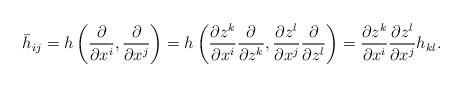
LaTeX: \begin{align*}\begin{aligned}\bar{h}_{ij}=h\left(\frac{\partial}{\partial x^{i}},\frac{\partial}{\partial x^{j}}\right)=h\left(\frac{\partial z^{k}}{\partial x^i}\frac{\partial}{\partial z^{k}},\frac{\partial z^{l}}{\partial x^j}\frac{\partial}{\partial z^{l}}\right)=\frac{\partial z^{k}}{\partial x^i}\frac{\partial z^{l}}{\partial x^j}h_{kl}.\end{aligned}\end{align*}